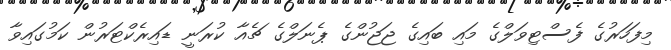
މިފަހަރުގެ ފެސްޓިވަލްގެ މައި ބައިގެ ޖަޖުންގެ ޕެނަލްގެ ޗެއާ ކުރަނީ ޑައިރެކްޓަރުން ކަމުގައިވާ